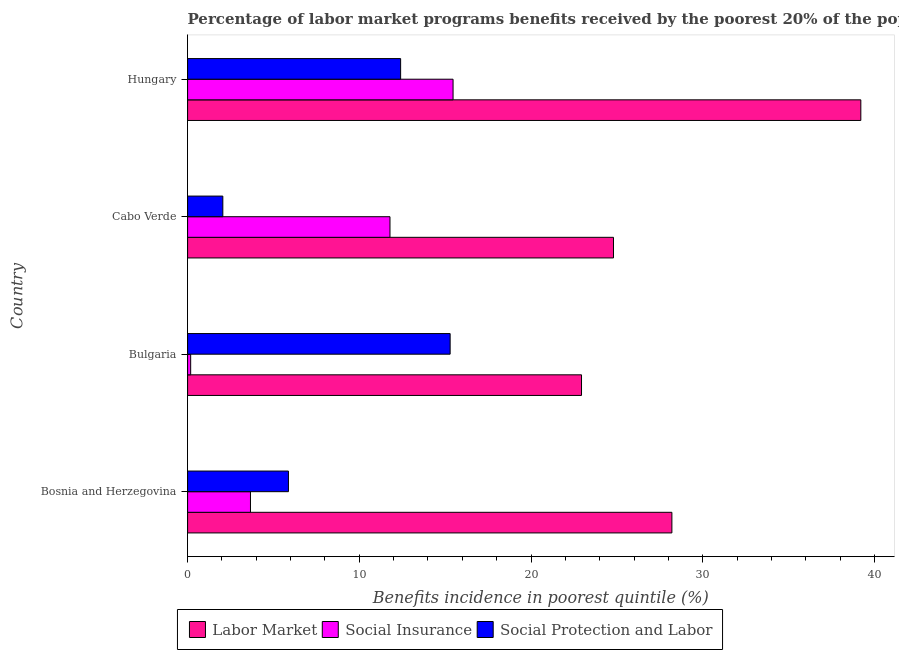
| Country | Labor Market | Social Insurance | Social Protection and Labor |
 | --- | --- | --- | --- |
 | Bosnia and Herzegovina | 28.2 | 3.66 | 5.87 |
 | Bulgaria | 22.9 | 0.179 | 15.3 |
 | Cabo Verde | 24.8 | 11.8 | 2.05 |
 | Hungary | 39.2 | 15.5 | 12.4 |